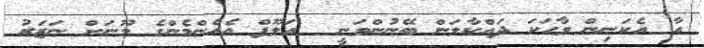
އާ އެކަނިން ވާހަކަ ދައްކާލަން ބޭނުންވަނީ  އަލޫފް އެއެންމެންގެ މޫނަށް ނަޒަރު